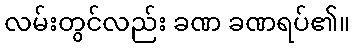
လမ်းတွင်လည်း ခဏ ခဏရပ်၏။